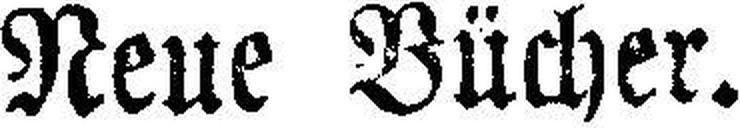
Neue Bücher.